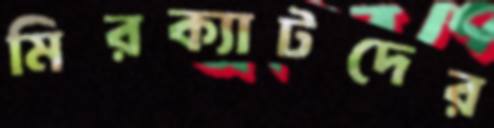
মিরক্যাটদের